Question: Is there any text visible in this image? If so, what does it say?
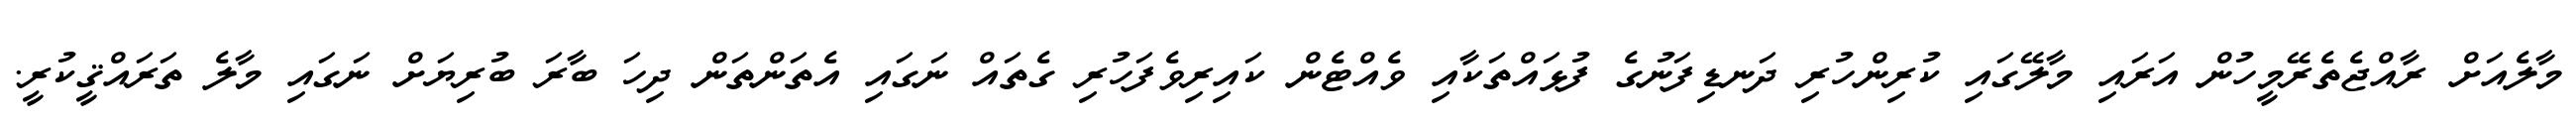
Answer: މާލެއަށް ރާއްޖެތެރޭމީހުން އަރައި މާލޭގައި ކުރިންހުރި ދަނޑިފަނުގެ ފުޅައްތަކާއި ވެއްޓެން ކައިރިވެފަހުރި ގެތައް ނަގައި އެތަންތަން ދިހަ ބާރަ ބުރިޔަށް ނަގައި މާލެ ތަރައްޤީކުރީ.